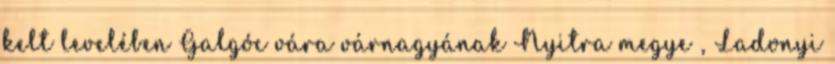
kelt levelében Galgóc vára várnagyának Nyitra megye , Ladonyi